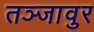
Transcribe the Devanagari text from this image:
तञ्जावुर